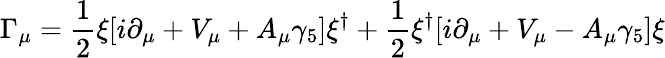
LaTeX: \Gamma_{\mu}=\frac{1}{2}\xi[i\partial_{\mu}+V_{\mu}+A_{\mu}\gamma_{5}]\xi^{\dagger}+\frac{1}{2}\xi^{\dagger}[i\partial_{\mu}+V_{\mu}-A_{\mu}\gamma_{5}]\xi